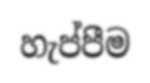
හැප්පීම